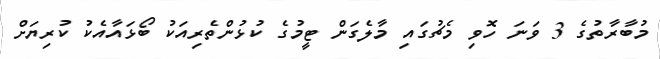
މުބާރާތުގެ 3 ވަނަ ހޮވި މެޗުގައި މާލެގަން ޓީމުގެ ކުޅުންތެރިއަކު ބޯޅައާއެކު ކުރިޔަށް